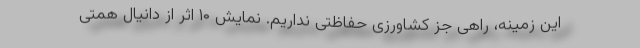
این زمینه، راهی جز کشاورزی حفاظتی نداریم. نمایش ۱۰ اثر از دانیال همتی